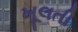
ખૂલતી